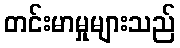
တင်းမာမှုများသည်